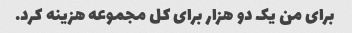
برای من یک دو هزار برای کل مجموعه هزینه کرد.